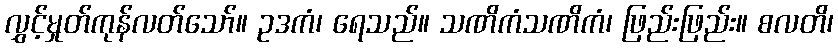
လွှင့်မှုတ်ကုန်လတ်သော်။ ဥဒကံ၊ ရေသည်။ သဏိကံသဏိကံ၊ ဖြည်းဖြည်း။ စလတိ၊